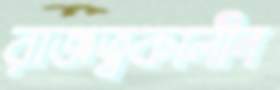
রাজত্বকালীন